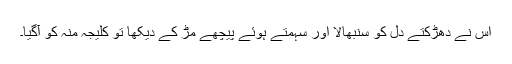
اس نے دھڑکتے دل کو سنبھالا اور سہمتے ہوئے پیچھے مڑ کے دیکھا تو کلیجہ منہ کو آگیا۔